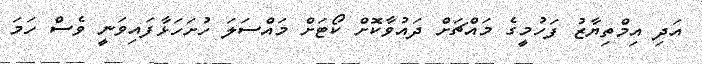
އަދި އިމްތިޔާޒު ފަހުމީގެ މައްޗަށް ދައުވާކޮށް ކޯޓަށް މައްސަލަ ހުށަހަޅާފައިވަނީ ވެސް ހަމަ